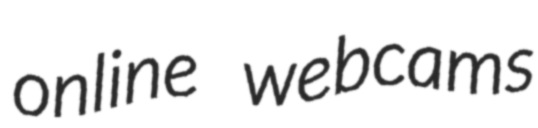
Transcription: online webcams